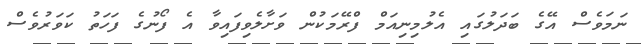
ނަމަވެސް އޭގެ ބަދަލުގައި އެލުމިނިއަމް ފްރޭމަކުން ވަށާލެވިފައިވާ އެ ފޯނުގެ ފަހަތު ކަވަރުވެސް